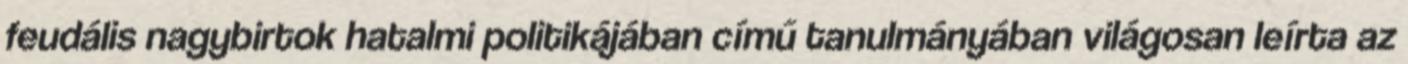
feudális nagybirtok hatalmi politikájában című tanulmányában világosan leírta az